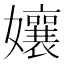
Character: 孃